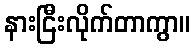
နားငြီးလိုက်တာကွာ။